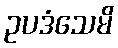
ဥပဒံသေမိ